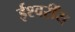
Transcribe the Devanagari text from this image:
ईश्वरींय